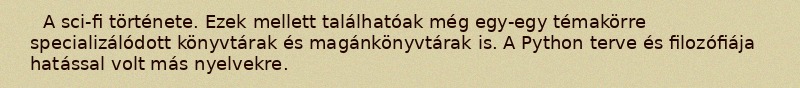
A sci-fi története. Ezek mellett találhatóak még egy-egy témakörre specializálódott könyvtárak és magánkönyvtárak is. A Python terve és filozófiája hatással volt más nyelvekre.